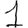
Digit: 1